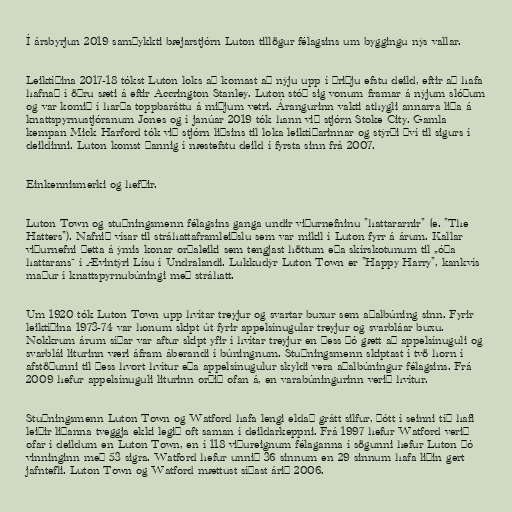
Í ársbyrjun 2019 samþykkti bæjarstjórn Luton tillögur félagsins um byggingu nýs vallar.

Leiktíðina 2017-18 tókst Luton loks að komast að nýju upp í þriðju efstu deild, eftir að hafa
hafnað í öðru sæti á eftir Accrington Stanley. Luton stóð sig vonum framar á nýjum slóðum
og var komið í harða toppbaráttu á miðjum vetri. Árangurinn vakti athygli annarra liða á
knattspyrnustjóranum Jones og í janúar 2019 tók hann við stjórn Stoke City. Gamla
kempan Mick Harford tók við stjórn liðsins til loka leiktíðarinnar og stýrði því til sigurs í
deildinni. Luton komst þannig í næstefstu deild í fyrsta sinn frá 2007.

Einkennismerki og hefðir.

Luton Town og stuðningsmenn félagsins ganga undir viðurnefninu "hattararnir" (e. "The
Hatters"). Nafnið vísar til stráhattaframleiðslu sem var mikil í Luton fyrr á árum. Kallar
viðurnefni þetta á ýmis konar orðaleiki sem tengjast höttum eða skírskotunum til „óða
hattarans“ í Ævintýri Lísu í Undralandi. Lukkudýr Luton Town er "Happy Harry", kankvís
maður í knattspyrnubúningi með stráhatt.

Um 1920 tók Luton Town upp hvítar treyjur og svartar buxur sem aðalbúning sinn. Fyrir
leiktíðina 1973-74 var honum skipt út fyrir appelsínugular treyjur og svarbláar buxu.
Nokkrum árum síðar var aftur skipt yfir í hvítar treyjur en þess þó gætt að appelsínuguli og
svarblái liturinn væri áfram áberandi í búningnum. Stuðningsmenn skiptast í tvö horn í
afstöðunni til þess hvort hvítur eða appelsínugulur skyldi vera aðalbúningur félagsins. Frá
2009 hefur appelsínuguli liturinn orðið ofan á, en varabúningurinn verið hvítur.

Stuðningsmenn Luton Town og Watford hafa lengi eldað grátt silfur, þótt í seinni tíð hafi
leiðir liðanna tveggja ekki legið oft saman í deildarkeppni. Frá 1997 hefur Watford verið
ofar í deildum en Luton Town, en í 118 viðureignum félaganna í sögunni hefur Luton þó
vinninginn með 53 sigra. Watford hefur unnið 36 sinnum en 29 sinnum hafa liðin gert
jafntefli. Luton Town og Watford mættust síðast árið 2006.